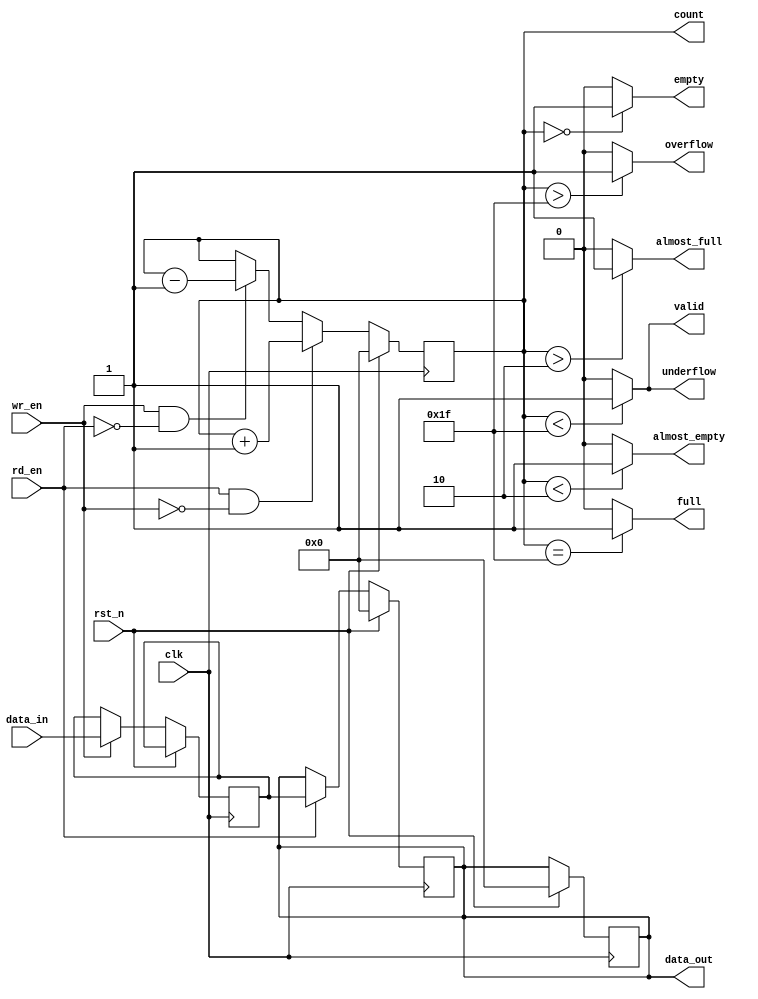
//NAME: SHAHBAZ HASSAN KHAN MALIK
//LAB 9

`timescale 1ns/100ps

module FIFO(data_in, data_out, clk, wr_en, rd_en, rst_n, empty, almost_empty, full, almost_full, valid, overflow, underflow, count);


parameter WIDTH = 8;
parameter DEPTH = 32;
parameter ADDR_WIDTH = 8;

input[WIDTH-1:0] data_in;
output reg[WIDTH-1:0] data_out;
input clk, wr_en, rd_en, rst_n;

output empty, almost_empty, full, almost_full, valid, overflow, underflow;

output reg[ADDR_WIDTH-1:0] count;

reg [ADDR_WIDTH-1:0] addr_1, addr_2;

reg [WIDTH-1:0] mem;

//flags
assign empty = (count==0)? 1'b1:1'b0; 
assign full = (count==(DEPTH-1))? 1'b1:1'b0; 
assign almost_empty = (count < 2) ? 1'b1:1'b0;
assign almost_full = (count > 2) ? 1'b1 : 1'b0; 
assign overflow = (count > (DEPTH-1)) ? 1'b1:1'b0;
assign underflow = (count < (DEPTH-1)) ? 1'b1 : 1'b0;
assign valid = (count < (DEPTH-1)) ? 1'b1 : 1'b0;

always @(posedge clk) 

begin: WRITE 

if(rst_n == 1) begin 
addr_1 <= 0;
end

else if(wr_en == 1) begin
addr_1 <= addr_1 + 1;
end

end

always @(posedge clk) 

begin: READ 

if(rst_n == 1) begin 
addr_2 <= 0;
end

else if(rd_en == 1) begin
addr_2 <= addr_2 + 1;
end

end

always @(posedge clk) 

begin: READ_BEGIN 

if(rst_n == 1) begin 
data_out <= 0;
end

else if(rd_en == 1) begin
data_out <= mem;
end

end

always @(posedge clk) 

begin: WRITE_BEGIN

if(rst_n == 1) begin 
data_out <= 0;
end

else if(wr_en == 1) begin
mem <= data_in;
end

end

always @(posedge clk) 

begin: COUNTER

if(rst_n == 1) begin 
count <= 0;
end

else if(rd_en == 1 && wr_en == 0) begin
count <= count + 1;
end

else if(wr_en == 1 && rd_en == 0) begin
count <= count - 1;
end

end



endmodule